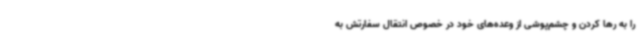
را به رها کردن و چشم‌پوشی از وعده‌های خود در خصوص انتقال سفارتش به